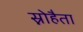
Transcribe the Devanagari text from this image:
स्नोहैता